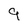
Character: 9